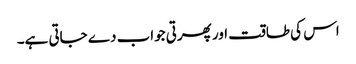
اس کی طاقت اور پھرتی جواب دے جاتی ہے۔